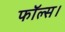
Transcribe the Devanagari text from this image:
फॉल्स।